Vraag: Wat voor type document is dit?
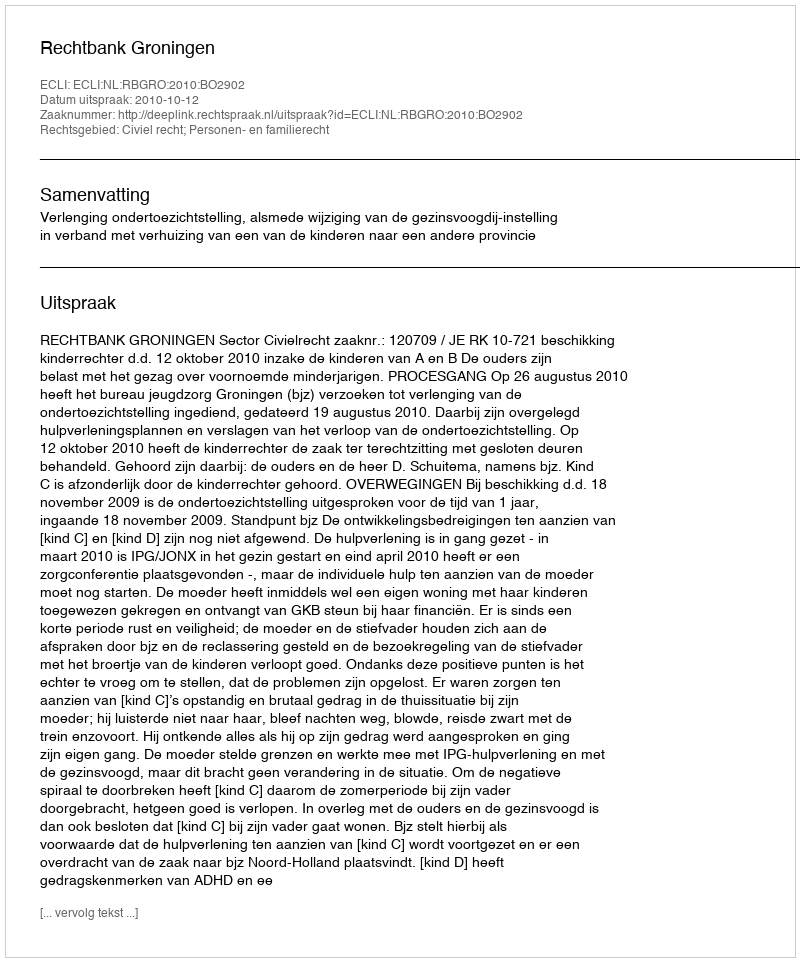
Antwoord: Uitspraak